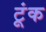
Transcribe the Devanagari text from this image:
टूंक